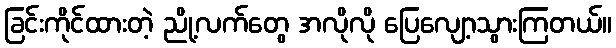
ခြင်းကိုင်ထားတဲ့ ညို့လက်တွေ အလိုလို ပြေလျော့သွားကြတယ်။